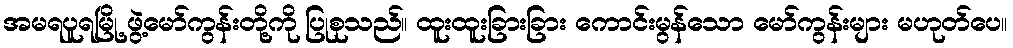
အမရပူရမြို့ ဖွဲ့မော်ကွန်းတို့ကို ပြုစုသည်။ ထူးထူးခြားခြား ကောင်းမွန်သော မော်ကွန်းများ မဟုတ်ပေ။